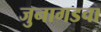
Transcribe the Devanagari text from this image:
जुनागडचा